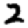
Digit: 2